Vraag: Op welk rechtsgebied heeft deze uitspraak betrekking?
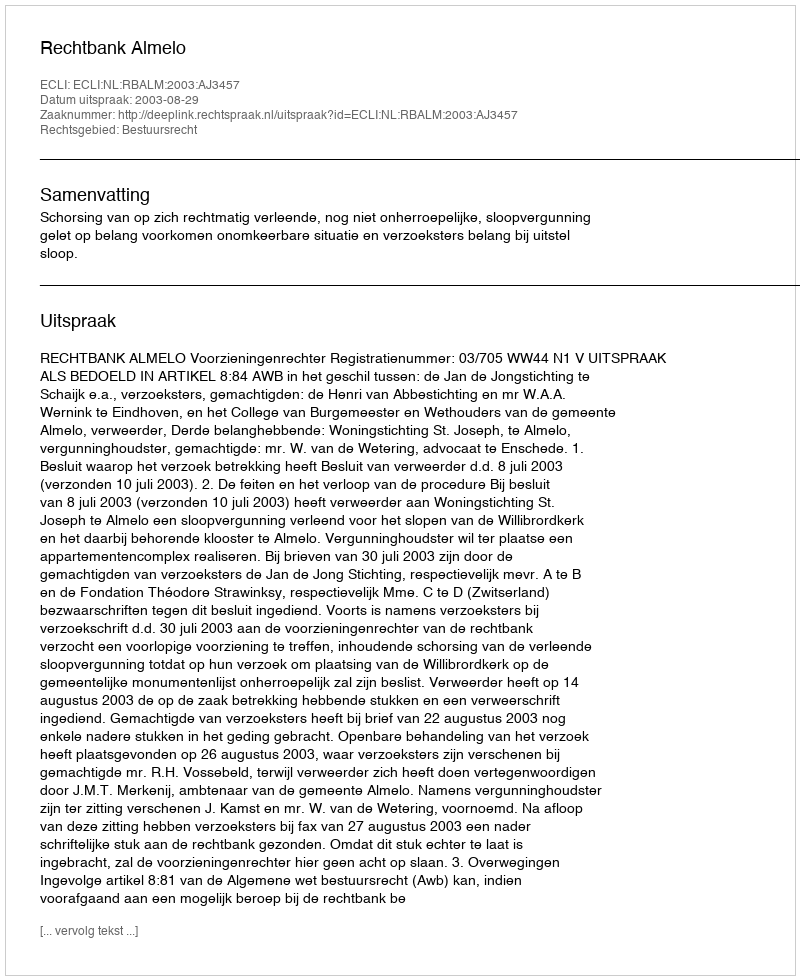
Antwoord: Bestuursrecht